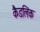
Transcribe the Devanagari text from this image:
कैडलिक